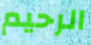
الرحيم